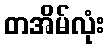
တအိမ်လုံး